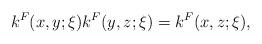
LaTeX: \begin{align*}k^F(x,y;\xi)k^F(y,z;\xi)=k^F(x,z;\xi),\end{align*}